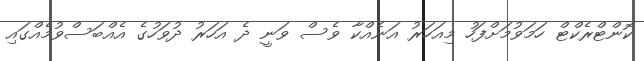
ކޮންޓްރެކްޓް ހަމަވުމަށްފަހު މިއަހަރު އަނެއްކާ ވެސް ވަނީ ދެ އަހަރު ދުވަހުގެ އެއްބަސްވުމެއްގައި